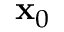
\mathbf { x } _ { 0 }